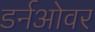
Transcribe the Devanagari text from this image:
डर्नओवर